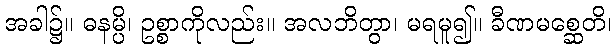
အခါ၌။ ဓနမ္ပိ၊ ဥစ္စာကိုလည်း။ အလဘိတွာ၊ မရမူ၍။ ခီဏမစ္ဆေတိ၊